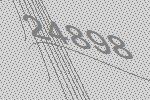
24898